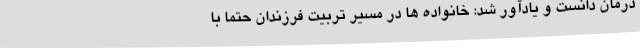
درمان دانست و یادآور شد: خانواده ها در مسیر تربیت فرزندان حتما با